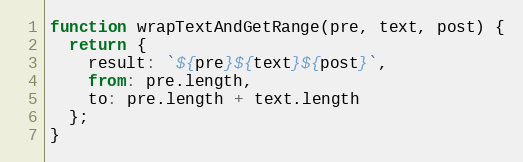
Language: JavaScript
function wrapTextAndGetRange(pre, text, post) {
  return {
    result: `${pre}${text}${post}`,
    from: pre.length,
    to: pre.length + text.length
  };
}